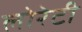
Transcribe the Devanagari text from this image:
लोरेटी